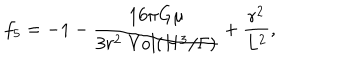
{ f _ { 5 } } = - 1 - { \frac { 1 6 \pi G \mu } { 3 r ^ { 2 } \; \mathrm { { V o l } } ( { H ^ { 3 } } / { \Gamma } ) } } + { \frac { r ^ { 2 } } { L ^ { 2 } } } ,